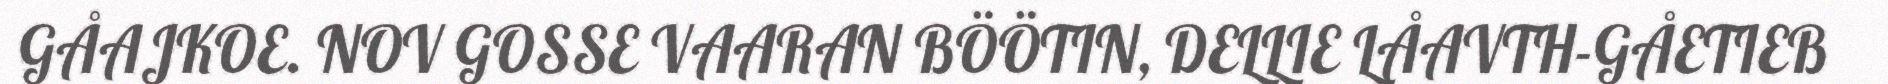
GÅAJKOE. NOV GOSSE VAARAN BÖÖTIN, DELLIE LÅAVTH-GÅETIEB